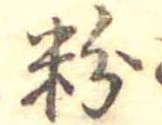
粉